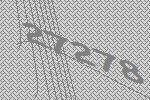
27278